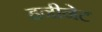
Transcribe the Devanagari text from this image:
हनीनेट